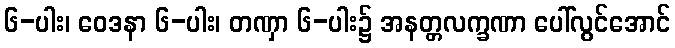
၆-ပါး၊ ဝေဒနာ ၆-ပါး၊ တဏှာ ၆-ပါး၌ အနတ္တလက္ခဏာ ပေါ်လွင်အောင်